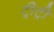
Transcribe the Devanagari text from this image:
ट्रीट्री